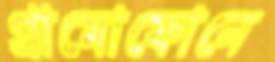
গ্রামোফোনে